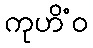
ကုဟိံဝ